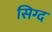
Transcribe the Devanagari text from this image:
सिग्द